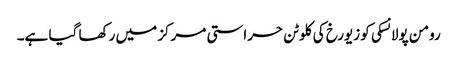
رومن پولانسکی کو زیورخ کی کلوٹن حراستی مرکز میں رکھا گیا ہے۔